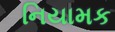
નિયામક